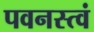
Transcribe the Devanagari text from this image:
पवनस्त्वं